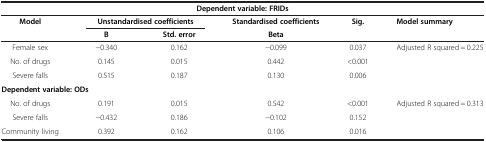
| <COLSPAN=6> Dependent variable: FRIDs |
 | Model | <COLSPAN=2> Unstandardised coefficients | Standardised coefficients | Sig. | <ROWSPAN=2> Model summary |
 |  | B | Std. error | Beta |  |
 | --- | --- | --- | --- | --- | --- |
 | Female sex | -0.340 | 0.162 | -0.099 | 0.037 | <ROWSPAN=3> Adjusted R squared = 0.225 |
 | No. of drugs | 0.145 | 0.015 | 0.442 | <0.001 |
 | Severe falls | 0.515 | 0.187 | 0.130 | 0.006 |
 | <COLSPAN=6> Dependent variable: ODs |
 | No. of drugs | 0.191 | 0.015 | 0.542 | <0.001 | <ROWSPAN=3> Adjusted R squared = 0.313 |
 | Severe falls | -0.432 | 0.186 | -0.102 | 0.152 |
 | Community living | 0.392 | 0.162 | 0.106 | 0.016 |